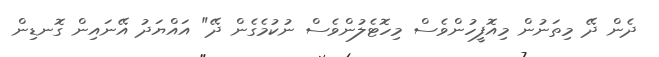
ދެން ދޭ މިތަނުން މިއޮފީހުންވެސް މިހޮޓެލުންވެސް ނުކުމެގެން ދޭ" އައްޔަދު އޭނައިން ގޮނޑިން